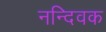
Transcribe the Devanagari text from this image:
नन्दिवक